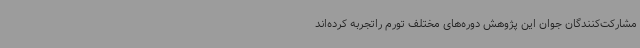
مشارکت‌کنندگان جوان این پژوهش دوره‌های مختلف تورم راتجربه کرده‌اند